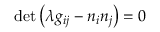
{ \operatorname* { d e t } } \left( \lambda g _ { i j } - n _ { i } n _ { j } \right) = 0